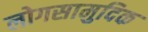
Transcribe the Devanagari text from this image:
लोगसामुदिक